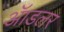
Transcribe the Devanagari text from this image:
ॲाडलर